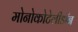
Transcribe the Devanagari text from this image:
मोनोकोटेलीडॉन